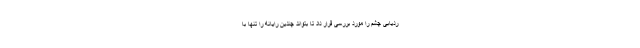
ردیابی چشم را مورد بررسی قرار داد تا بتواند چندین رایانه را تنها با